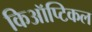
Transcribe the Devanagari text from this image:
किऑप्टिकल